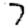
Digit: 7